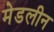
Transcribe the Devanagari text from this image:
मेडलीन